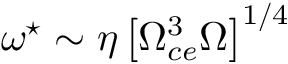
\omega ^ { \star } \sim \eta \left[ \Omega _ { c e } ^ { 3 } \Omega \right] ^ { 1 / 4 }